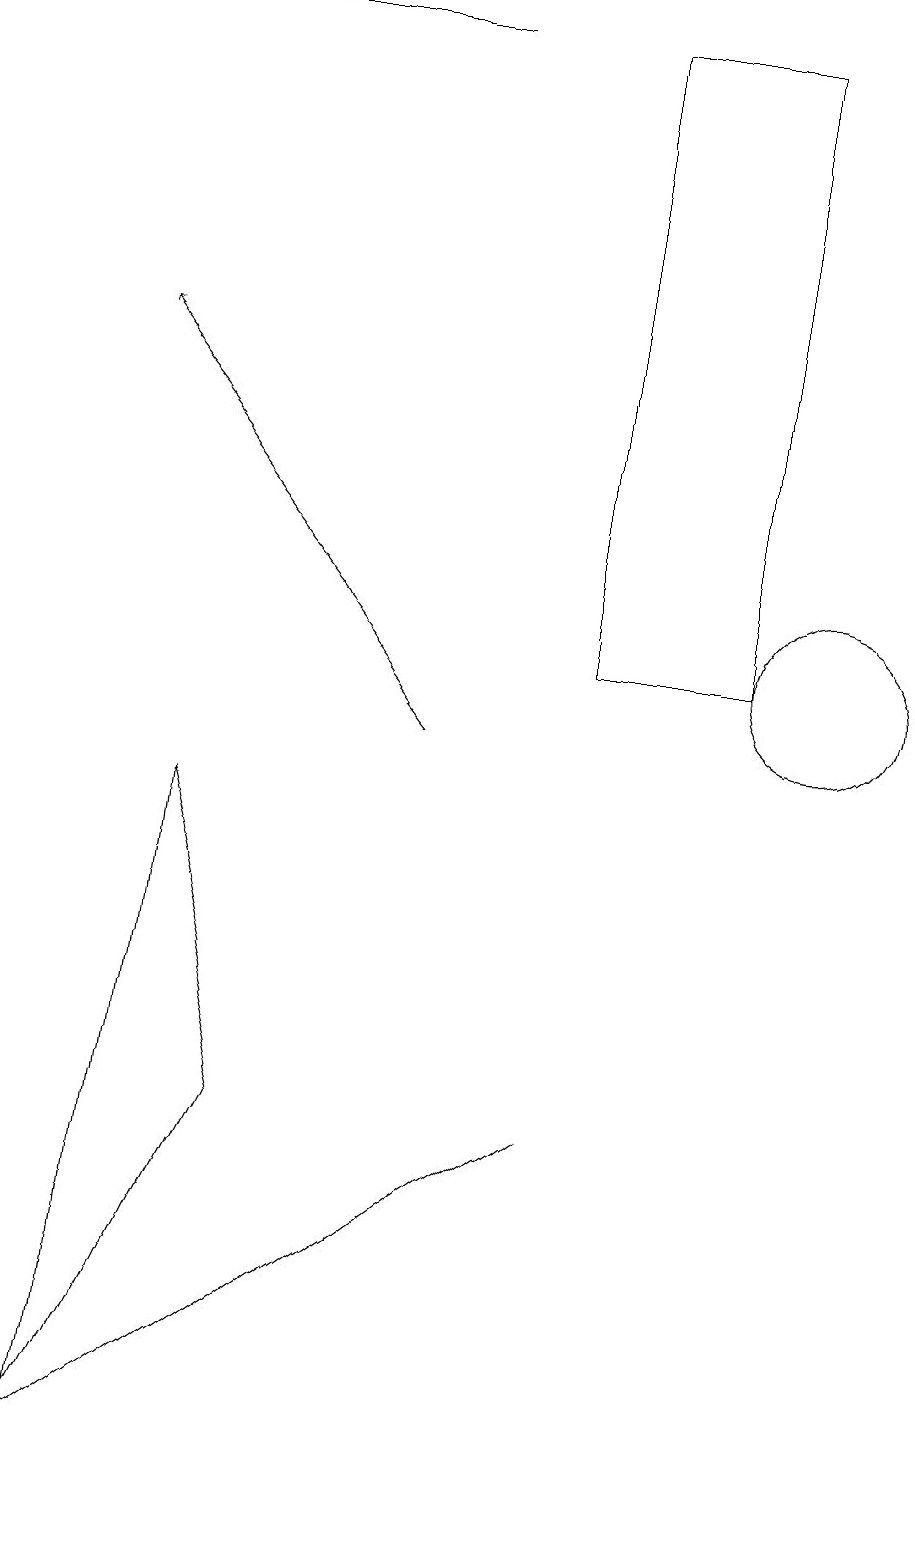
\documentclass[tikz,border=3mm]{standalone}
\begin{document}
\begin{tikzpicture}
\draw (7,5) -- (0,0) -- (0,0) -- cycle;
\draw[->] (5,19) -- (1,19);
\draw (10,11) circle (1);
\draw (7,19) rectangle (9,11);
\draw (1,1) -- (3,5) -- (2,9) -- cycle;
\draw[->] (5,10) -- (1,15);
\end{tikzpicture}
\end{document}